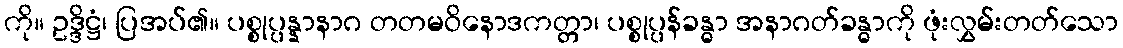
ကို။ ဥဒ္ဒိဋ္ဌံ၊ ပြအပ်၏။ ပစ္စုပ္ပန္နာနာဂ တတမဝိနောဒကတ္တာ၊ ပစ္စုပ္ပန်ခန္ဓာ အနာဂတ်ခန္ဓာကို ဖုံးလွှမ်းတတ်သော